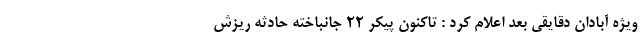
ویژه آبادان دقایقی بعد اعلام کرد : تاکنون پیکر ۲۲ جانباخته حادثه ریزش